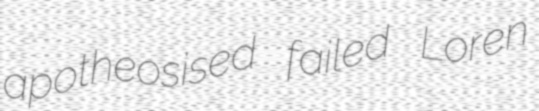
apotheosised failed Loren